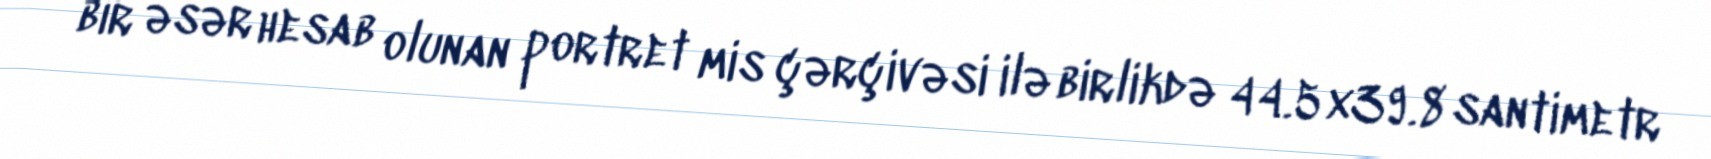
bir əsər hesab olunan portret mis çərçivəsi ilə birlikdə 44.5x39.8 santimetr